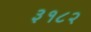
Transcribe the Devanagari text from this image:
३१८२